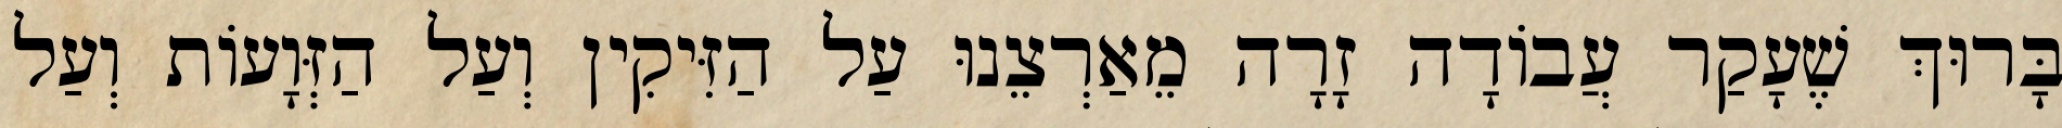
בָּרוּךְ שֶׁעָקַר עֲבוֹדָה זָרָה מֵאַרְצֵנוּ עַל הַזִּיקִין וְעַל הַזְּוָעוֹת וְעַל